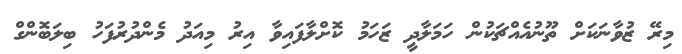
މިރޭ ޒުވާނަކަށް ތޫނުއެއްޗަކުން ހަމަލާދީ ޒަހަމު ކޮށްލާފައިވާ އިރު މިއަދު މެންދުރުފަހު ބިލަބޮންގް